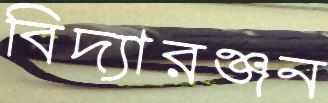
বিদ্যারঞ্জন